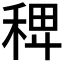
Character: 𥟑